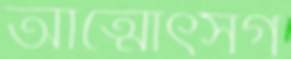
আত্মোৎসর্গ